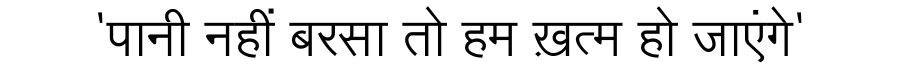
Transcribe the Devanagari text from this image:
'पानी नहीं बरसा तो हम ख़त्म हो जाएंगे'